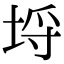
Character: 埒